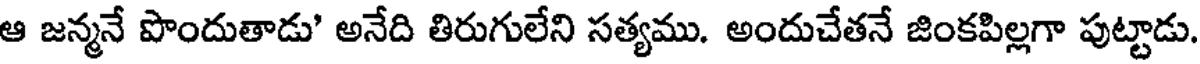
ఆ జన్మనే పొందుతాడు' అనేది తిరుగులేని సత్యము. అందుచేతనే జింకపిల్లగా పుట్టాడు